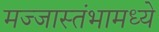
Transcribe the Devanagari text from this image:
मज्जास्तंभामध्ये